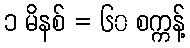
၁ မိနစ် = ၆၀ စက္ကန့်